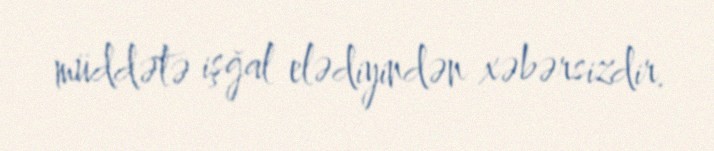
müddətə işğal elədiyindən xəbərsizdir.